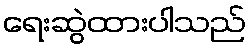
ရေးဆွဲထားပါသည်